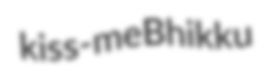
kiss-me Bhikku